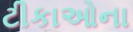
ટીકાઓના